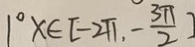
1 ^ { \circ } x \in [ - 2 \pi , - \frac { 3 \pi } { 2 } ]